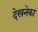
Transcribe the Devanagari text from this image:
देखनेका